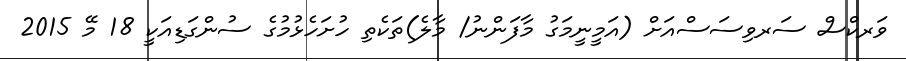
ވަރކްސް ސަރވިސަސްއަށް (އަމީނީމަގު މާފަންނު/ މާލެ)ތަކެތި ހުށަހެޅުމުގެ ސުންގަޑިއަކީ 18 މޭ 2015